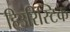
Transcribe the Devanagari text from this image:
हिउरिस्टिक